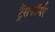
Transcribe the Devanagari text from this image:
ट्रैंसफॉर्मर